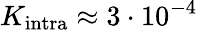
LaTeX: K_{\mathrm{intra}}\approx 3\cdot 10^{-4}